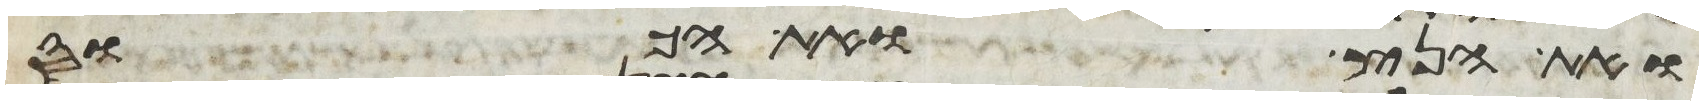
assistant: ואת הנץ ואת הכוס